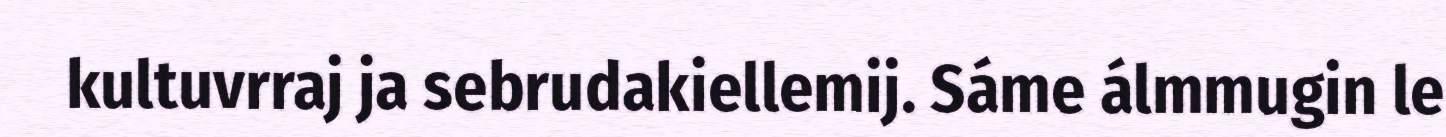
kultuvrraj ja sebrudakiellemij. Sáme álmmugin le